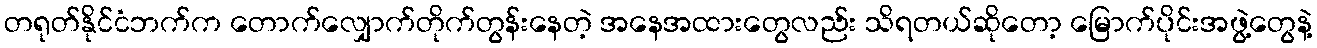
တရုတ်နိုင်ငံဘက်က တောက်လျှောက်တိုက်တွန်းနေတဲ့ အနေအထားတွေလည်း သိရတယ်ဆိုတော့ မြောက်ပိုင်းအဖွဲ့တွေနဲ့